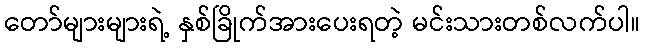
တော်များများရဲ့ နှစ်ခြိုက်အားပေးရတဲ့ မင်းသားတစ်လက်ပါ။